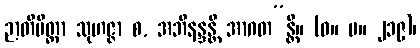
ဉာတိမိတ္တာ သုဟဇ္ဇာ စ, အဘိနန္ဒန္တိ အာဂတ”န္တိ။ (ဓ။ ပ။ ၂၁၉)၊